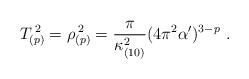
\begin{align*}T_{(p)}^{\; 2} = \rho_{(p)}^{\; 2} = \frac{\pi}{\kappa_{(10)}^2}(4\pi^2\alpha^\prime)^{3-p}\ .\end{align*}